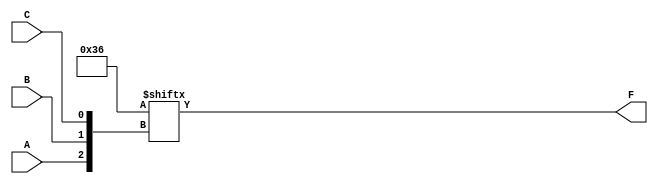
module k_map_3_var (
    input wire A,      // Input variable A
    input wire B,      // Input variable B
    input wire C,      // Input variable C
    output wire F      // Output function F
);

// Internal signal to represent the K-map
wire [7:0] k_map;

// Define the K-map values based on the desired minterms
// m0, m1, m2, m3, m4, m5, m6, m7
assign k_map[0] = 1'b0; // m0
assign k_map[1] = 1'b1; // m1
assign k_map[2] = 1'b1; // m2
assign k_map[3] = 1'b0; // m3
assign k_map[4] = 1'b1; // m4
assign k_map[5] = 1'b1; // m5
assign k_map[6] = 1'b0; // m6
assign k_map[7] = 1'b0; // m7

// Assign the output based on the K-map
assign F = k_map[{A, B, C}];

endmodule